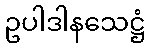
ဥပါဒါနသေဋ္ဌံ